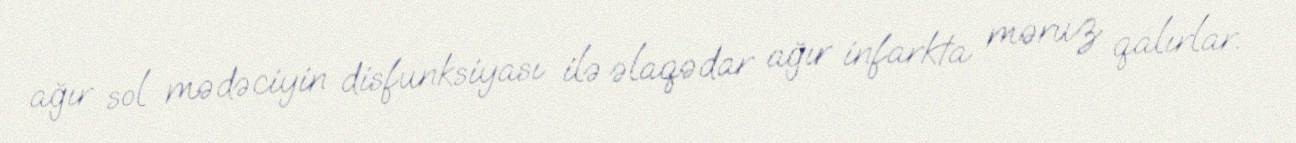
ağır sol mədəciyin disfunksiyası ilə əlaqədar ağır infarkta məruz qalırlar.